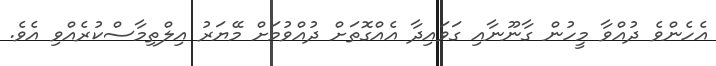
އެހެންވެ ދުއްވާ މީހުން ގާނޫނާއި ގަވައިދާ އެއްގޮތަށް ދުއްވުމަށް މޭޔަރު އިލްތިމާސްކުރެއްވި އެވެ.